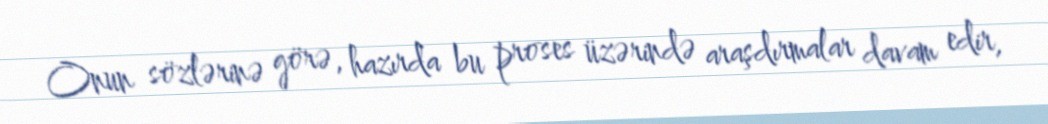
Onun sözlərinə görə, hazırda bu proses üzərində araşdırmalar davam edir,